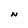
Character: N